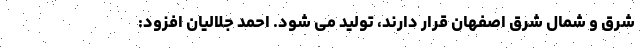
شرق و شمال شرق اصفهان قرار دارند، تولید می شود. احمد جلالیان افزود: